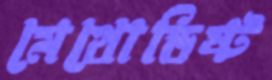
মেথোডিষ্ট